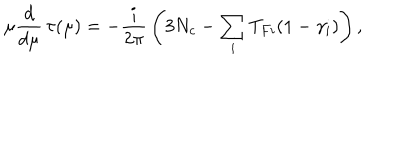
\mu { \frac { d } { d \mu } } \, \tau ( \mu ) = - { \frac { i } { 2 \pi } } \left( 3 N _ { c } - \sum _ { i } T _ { F i } ( 1 - \gamma _ { i } ) \right) ,